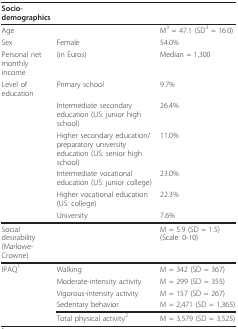
| Socio-demographics |  |  |
 | --- | --- | --- |
 | Age |  | M3 = 47.1 (SD3 = 16.0) |
 | Sex | Female | 54.0% |
 | Personal net monthly income | (in Euros) | Median = 1,300 |
 | Level of education | Primary school | 9.7% |
 |  | Intermediate secondary education (US: junior high school) | 26.4% |
 |  | Higher secondary education/preparatory university education (US: senior high school) | 11.0% |
 |  | Intermediate vocational education (US: junior college) | 23.0% |
 |  | Higher vocational education (US: college) | 22.3% |
 |  | University | 7.6% |
 | Social desirability (Marlowe-Crowne) |  | M = 5.9 (SD = 1.5) (Scale: 0-10) |
 | IPAQ1 | Walking | M = 342 (SD = 367) |
 |  | Moderate-intensity activity | M = 299 (SD = 355) |
 |  | Vigorous-intensity activity | M = 157 (SD = 267) |
 |  | Sedentary behavior | M = 2,471 (SD = 1,365) |
 |  | Total physical activity2 | M = 3,579 (SD = 3,525) |